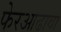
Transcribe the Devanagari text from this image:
फेरआढावा